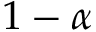
1 - \alpha